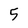
Character: 5